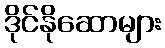
ဒိုင်နိုဆောများ